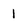
Character: 1